Indian Civil Veterinary Department memoirs
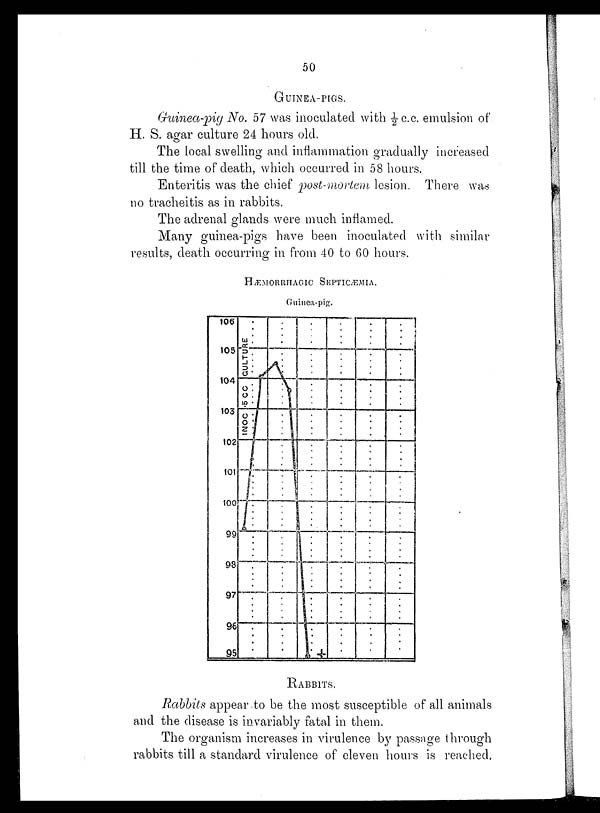
50
GUINEA-PIGS.
Guinea-pig No. 57 was inoculated with ½ c.c. emulsion of
H. S. agar culture 24 hours old.
The local swelling and inflammation gradually increased
till the time of death, which occurred in 58 hours.
Enteritis was the chief post-mortem lesion
There was
no tracheitis as in rabbits.
The adrenal glands were much inflamed.
Many guinea-pigs have been inoculated with similar
results, death occurring in from 40 to 60 hours.
HÆMORRHAGIC SEPTICÆMIA.
Guinea-pig.
RABBITS.
Rabbits appear to be the most susceptible of all animals
and the disease is invariably fatal in them.
The organism increases in virulence by passage through
rabbits till a standard virulence of eleven hours is reached,